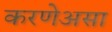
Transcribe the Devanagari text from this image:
करणेअसा